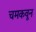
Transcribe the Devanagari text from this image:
चमकवून